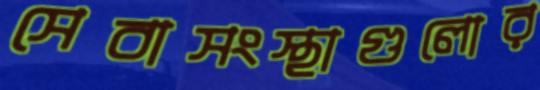
সেবাসংস্থাগুলোর